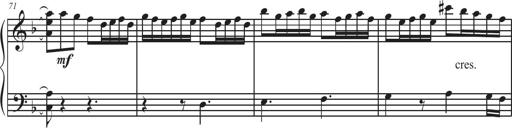
Title: Sonatina Espania
Composer: Jerald Franklin Archer
Key: Various